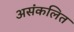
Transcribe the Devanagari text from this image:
असंकलित